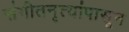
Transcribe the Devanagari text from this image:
संगीतनृत्यांपासून